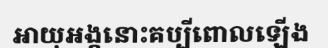
អាយុអង្គនោះគប្បីពោលឡើង